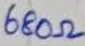
Text: 680Ω